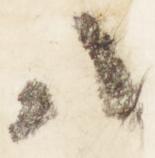
八